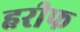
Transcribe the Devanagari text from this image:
हरीफ